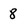
Character: 8